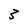
Character: 3